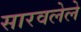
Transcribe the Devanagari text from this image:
सारवलेले